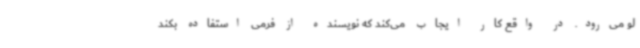
لو می‌رود. در واقع کار ایجاب می‌کند که نویسنده از فرمی استفاده بکند